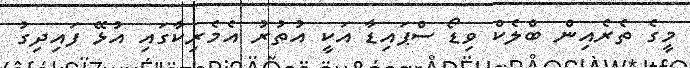
މީގެ ތެރެއިން ބްލެކް ވިޑޯ ސްޕައިޑާ އަކީ އުތުރު އެމެރިކާގައި އުޅޭ ފައިދިގު